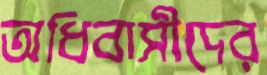
অধিবাসীদের